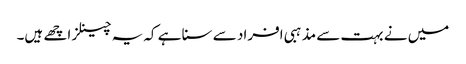
میں نے بہت سے مذہبی افراد سے سنا ہے کہ یہ چینلز اچھے ہیں۔